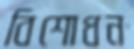
বিশোধন